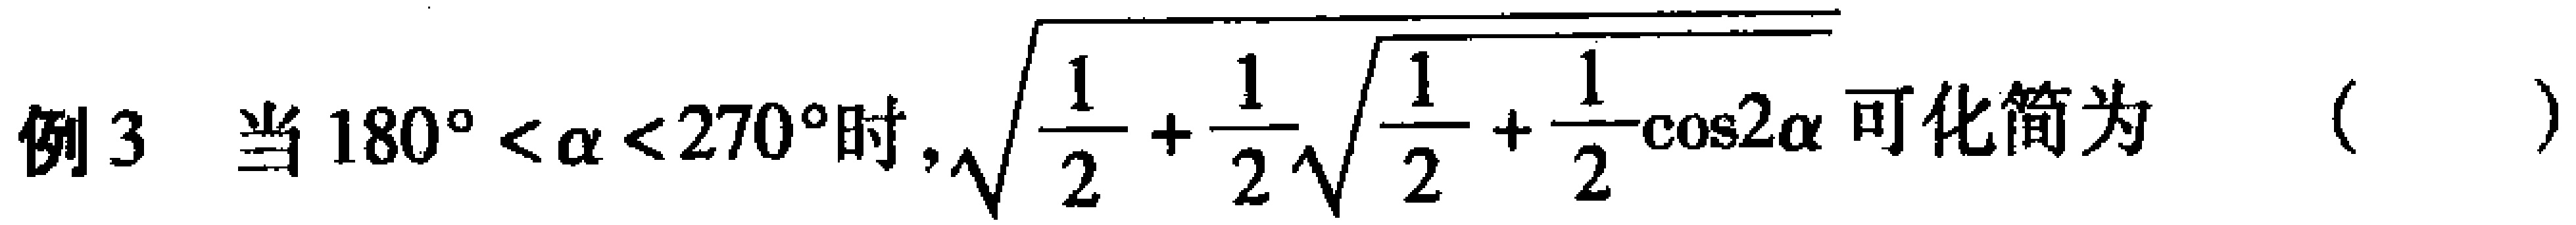
例3 当 \(180^{\circ}<\alpha<270^{\circ}\) 时, \(\sqrt{\frac{1}{2}+\frac{1}{2}\sqrt{\frac{1}{2}+\frac{1}{2}\cos2\alpha}}\) 可化简为 （  ）